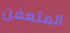
المتعفن